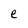
Character: e